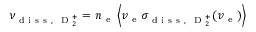
\nu _ { \mathrm { ~ d ~ i ~ s ~ s ~ , ~ } \mathrm { ~ D ~ } _ { 2 } ^ { + } } = n _ { \mathrm { ~ e ~ } } \left\langle v _ { \mathrm { ~ e ~ } } \sigma _ { \mathrm { ~ d ~ i ~ s ~ s ~ , ~ } \mathrm { ~ D ~ } _ { 2 } ^ { + } } ( v _ { \mathrm { ~ e ~ } } ) \right\rangle